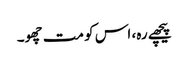
پیچھے رہ، اس کو مت چھو۔